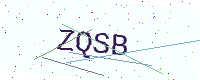
Text: ZQSB